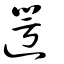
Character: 𨕣